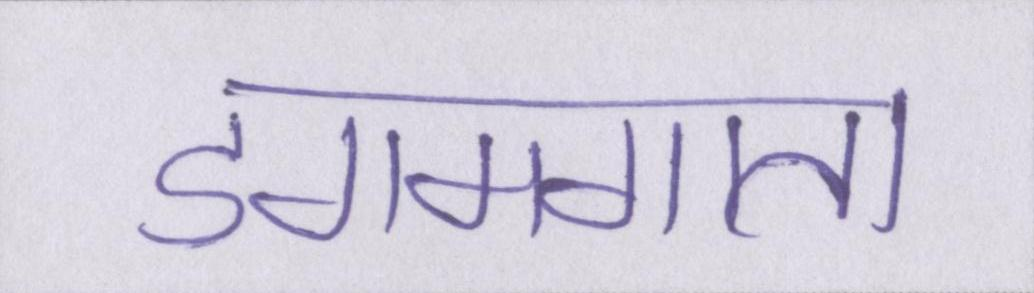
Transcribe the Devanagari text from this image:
डगमगाता